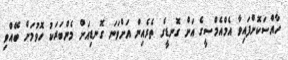
ހާއްސަކޮށްފައިވާ އެމްއެމްސީގެ އަށް ގޮނޑީގެ ތެރެއިން އަށްވަނަ ގޮނޑިއަށް މެންބަރަކު ހޮވުމަށް ބޭއްވި